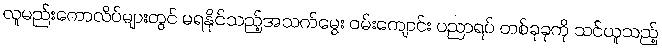
လူမည်းကောလိပ်များတွင် မရနိုင်သည့်အသက်မွေး ဝမ်းကျောင်း ပညာရပ် တစ်ခုခုကို သင်ယူသည့်